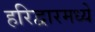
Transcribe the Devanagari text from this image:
हरिद्वारमध्ये